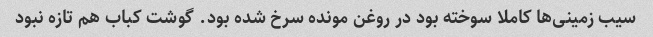
سیب زمینی‌ها کاملا سوخته بود در روغن مونده سرخ شده بود. گوشت کباب هم تازه نبود